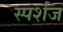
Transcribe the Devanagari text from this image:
स्पर्शज